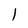
Character: 1